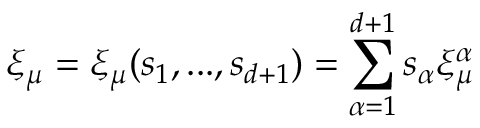
\xi _ { \mu } = \xi _ { \mu } ( s _ { 1 } , . . . , s _ { d + 1 } ) = \sum _ { \alpha = 1 } ^ { d + 1 } s _ { \alpha } \xi _ { \mu } ^ { \alpha }